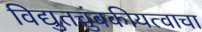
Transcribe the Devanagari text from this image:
विद्युतचुंबकीयत्वाचा